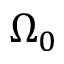
\Omega _ { 0 }